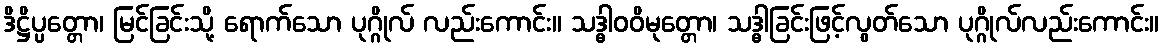
ဒိဋ္ဌိပ္ပတ္တော၊ မြင်ခြင်းသို့ ရောက်သော ပုဂ္ဂိုလ် လည်းကောင်း။ သဒ္ဓါဝဝိမုတ္တော၊ သဒ္ဓါခြင်းဖြင့်လွတ်သော ပုဂ္ဂိုလ်လည်းကောင်း။